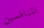
المنافسين